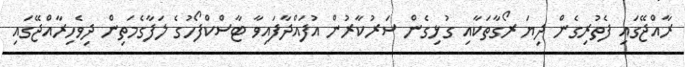
ރާއްޖޭގައި ފެތުރިގެން ދިޔަ ރޯގާތަކާއި ގުޅިގެން ސަރުކާރުން އުފައްދާފައިވާ ޓާސްކްފޯހުގެ ލަފާގެމަތިން ދިވެހިރާއްޖޭގައި